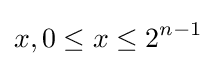
x,0\leq x\leq 2^{n-1}